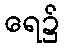
ရေ၌